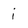
Character: i